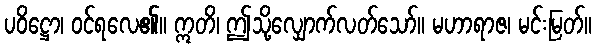
ပဝိဋ္ဌော၊ ဝင်ရလေ၏။ ဣတိ၊ ဤသို့လျှောက်လတ်သော်။ မဟာရာဇ၊ မင်းမြတ်။